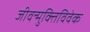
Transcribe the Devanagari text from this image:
जीवन्मुक्तिविवेक